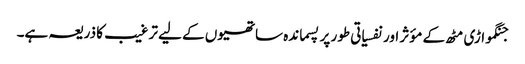
جنگمواڑی مٹھ کے مؤثر اور نفسیاتی طور پر پسماندہ ساتھیوں کے لیے ترغیب کا ذریعہ ہے۔